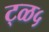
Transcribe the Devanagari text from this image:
ट्ळ५